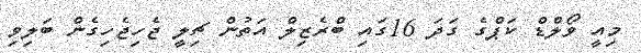
މިއީ ވޯލްޑް ކަޕްގެ ގަދަ 16ގައި ބްރެޒިލް އަތުން ޗިލީ ޖެހިޖެހިގެން ބަލިވި